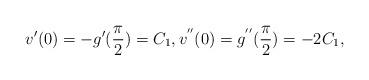
LaTeX: \begin{align*}v'(0)=- g'(\frac \pi 2) = C_1, v^{''}(0)=g^{''}(\frac \pi2)= -2C_1,\end{align*}